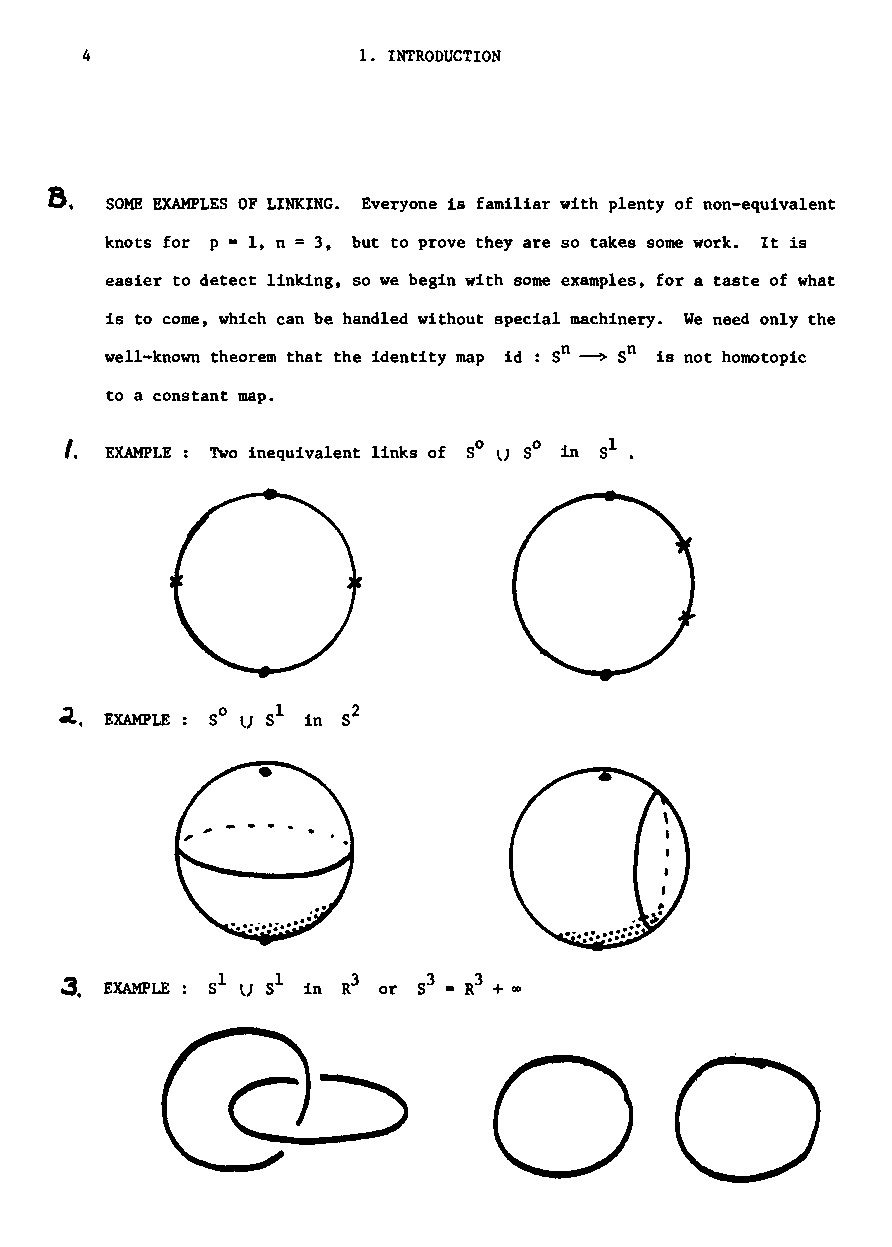
4                  1. INTRODUCTION
 ~.
 SOME EXAMPLES OF LINKING. Everyone is familiar with plenty of non-equivalent
 =
 knots for p = 1, n 3, but to prove they are so takes some work. It is
 easier to detect linking, so we begin with some examples, for a taste of what
 is to come, which can be handled without special machinery. We need only the
 well-known theorem that the identity map id: Sn ~ Sn is not homotopic
 to a constant map.
 I. EXAMPLE Two inequivalent links of SO lJ SO in Sl.
 ~. EXAMPLE
 3. EXAMPLE           or